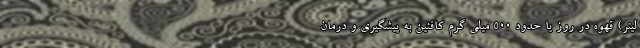
لیتر) قهوه در روز یا حدود 500 میلی گرم کافئین به پیشگیری و درمان